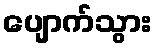
ပျောက်သွား